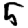
Digit: 5